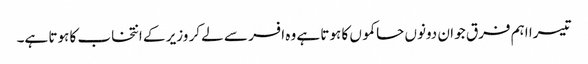
تیسرا اہم فرق جو ان دونوں حاکموں کا ہوتا ہے وہ افسر سے لے کر وزیر کے انتخاب کا ہوتا ہے۔